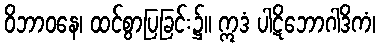
ဝိဘာဝနေ၊ ထင်စွာပြခြင်း၌။ ဣဒံ ပါဋိဘောဂါဒိကံ၊